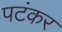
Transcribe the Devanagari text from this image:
पटंकर